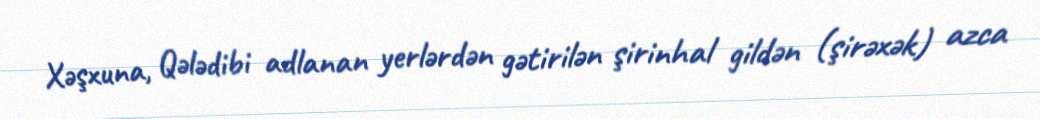
Xəşxuna, Qələdibi adlanan yerlərdən gətirilən şirinhal gildən (şirəxək) azca